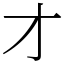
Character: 才